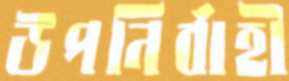
উপনির্বাহী